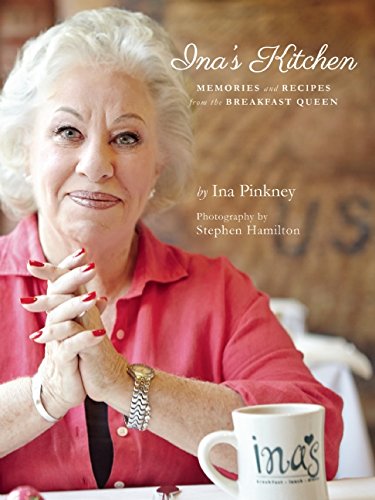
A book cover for Ina's Kitchen: Memories and Recipes from the Breakfast Queen; Ina Pinkney; Cookbooks, Food & Wine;